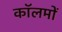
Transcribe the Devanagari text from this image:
काॅलमों